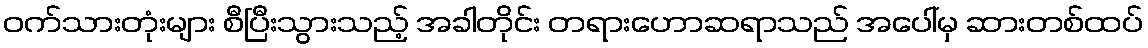
ဝက်သားတုံးများ စီပြီးသွားသည့် အခါတိုင်း တရားဟောဆရာသည် အပေါ်မှ ဆားတစ်ထပ်